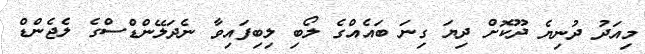
މިއަދު ދުނިޔެ ދޫކޮށް ދިޔަ ގިނަ ބައެއްގެ ލޯބި ލިބިފައިވާ ނެދަލޭންޑްސްގެ ލެޖެންޑް